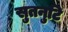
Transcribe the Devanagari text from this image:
सुतनुटि